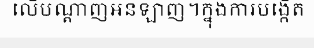
លើបណ្តាញអនឡាញ។ក្នុងការបង្កើត